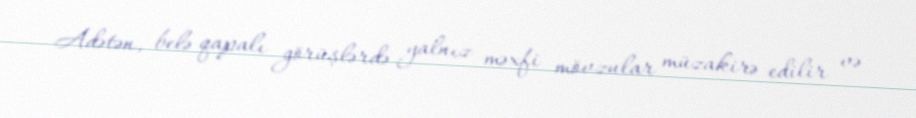
Adətən, belə qapalı görüşlərdə yalnız məxfi mövzular müzakirə edilir və